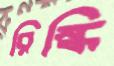
রিস্কি